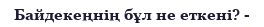
Байдекеңнің бұл не еткені? -